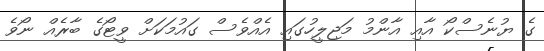
ގެ ޔުނެސްކޯ އާއި އާންމު މަޖިލީހުގައި އެއްވެސް ގައުމަކަށް ވީޓޯގެ ބާރެއް ނޯވެ